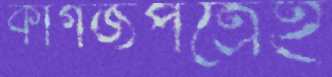
কাগজপত্রেই